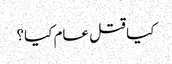
کیا قتل عام کیا؟